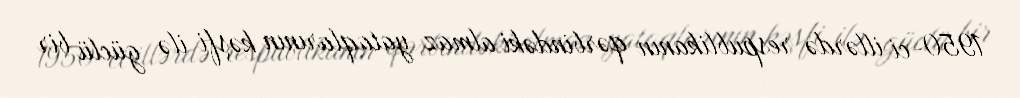
1950-ci illərdə respublikanın qərbindəki almaz yataqlarının kəşfi ilə güclü bir